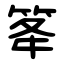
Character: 䇨